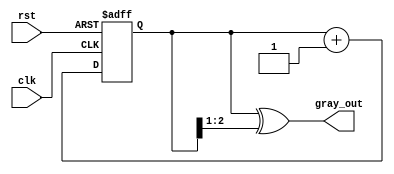
module gray_code_counter (
    input wire clk,         // Clock input
    input wire rst,         // Asynchronous reset input
    output reg [n-1:0] gray_out // Gray code output
);
    parameter n = 3; // Number of bits for the Gray code counter

    reg [n-1:0] binary_count; // Binary counter representation

    // Convert binary count to Gray code
    function [n-1:0] binary_to_gray;
        input [n-1:0] binary;
        begin
            binary_to_gray = binary ^ (binary >> 1);
        end
    endfunction

    // Sequential logic for the counter
    always @(posedge clk or posedge rst) begin
        if (rst) begin
            binary_count <= 0; // Reset binary counter to 0
        end else begin
            binary_count <= binary_count + 1; // Increment binary counter
        end
    end

    // Update gray_out based on the binary count
    always @(binary_count) begin
        gray_out <= binary_to_gray(binary_count); // Convert to Gray code
    end

endmodule